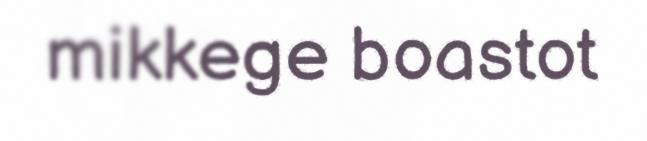
mikkege boastot